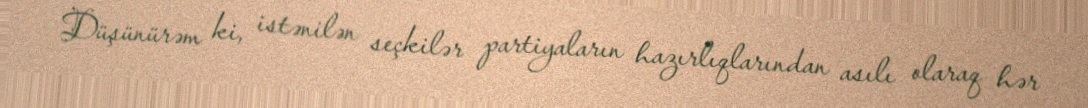
Düşünürəm ki, istənilən seçkilər partiyaların hazırlıqlarından asılı olaraq hər